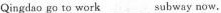
Qingdao go to work ___ subway now.